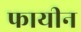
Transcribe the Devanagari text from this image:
फायीन